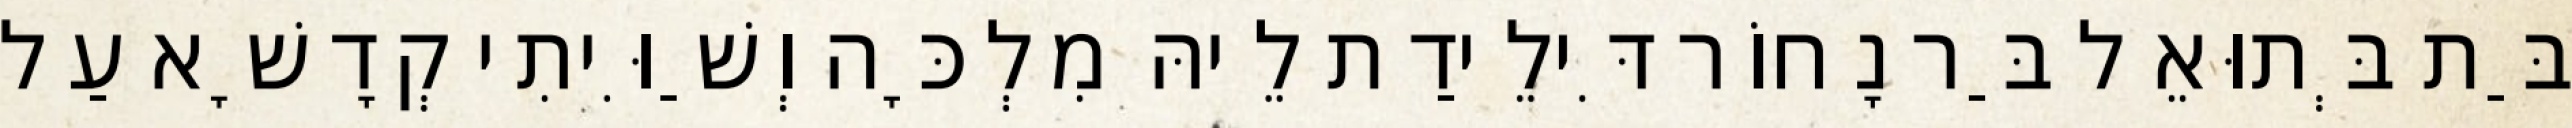
בַּת בְּתוּאֵל בַּר נָחוֹר דִּילֵידַת לֵיהּ מִלְכָּה וְשַׁוִּיתִי קְדָשָׁא עַל